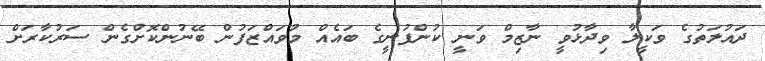
ދައުލަތުގެ ވަކީލާ ވިދާޅުވީ ނާޒިމް ވަނީ ކުންފުނީގެ ބައެއް މުވައްޒަފުން ބޭނުންކޮށްގެން ސަރުކާރަށް